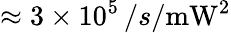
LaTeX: \approx 3\times 10^{5}\, /s/\mathrm{mW}^{2}